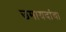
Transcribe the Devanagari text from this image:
उमायदांचा